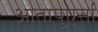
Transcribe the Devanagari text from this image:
आतापुएर्सा